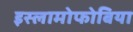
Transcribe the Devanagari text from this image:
इस्लामोफोबिया